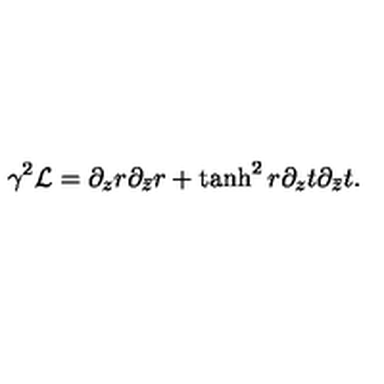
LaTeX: \gamma ^ { 2 } { \cal L } = \partial _ { z } r \partial _ { \bar { z } } r + \tanh ^ { 2 } r \partial _ { z } t \partial _ { \bar { z } } t .